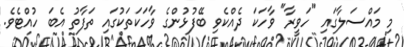
މި މައްސަލާގައި "ހަވީރާ" ވާހަކަ ދެއްކެވި ބޭފުޅުންގެ ވާހަކަތަކުގައި ތަފާތު އެބަ ހުއްޓެވެ.